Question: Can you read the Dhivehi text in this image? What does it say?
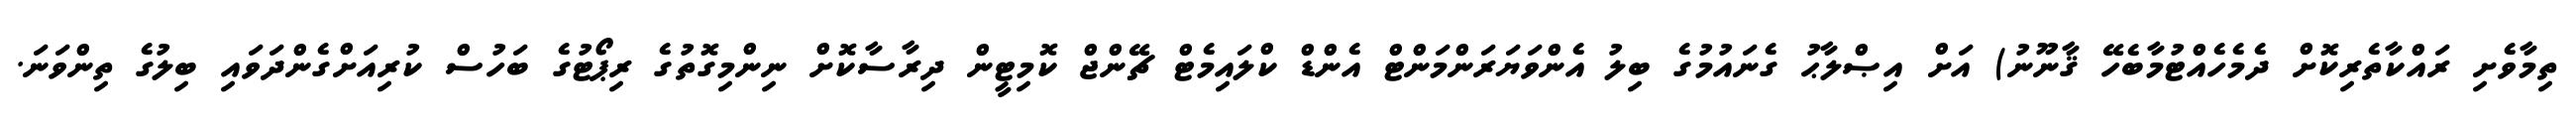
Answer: ތިމާވެށި ރައްކާތެރިކޮށް ދެމެހެއްޓުމާބެހޭ ޤާނޫނު) އަށް އިޞްލާޙު ގެނައުމުގެ ބިލު އެންވަޔަރަންމަންޓް އެންޑް ކްލައިމެޓް ޗޭންޖް ކޮމިޓީން ދިރާސާކޮށް ނިންމިގޮތުގެ ރިޕޯޓުގެ ބަހުސް ކުރިއަށްގެންދަވައި ބިލުގެ ތިންވަނަ.